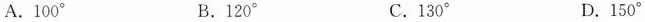
A.100° B.120° C.130° D.150°